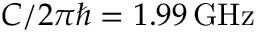
C / 2 \pi \hbar = 1 . 9 9 \, \mathrm { G H z }